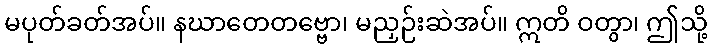
မပုတ်ခတ်အပ်။ နဃာတေတဗ္ဗော၊ မညှဉ်းဆဲအပ်။ ဣတိ ဝတွာ၊ ဤသို့